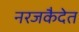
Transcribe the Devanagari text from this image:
नरजकैदेत